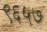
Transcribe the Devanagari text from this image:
९६५७